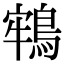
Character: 𪁔